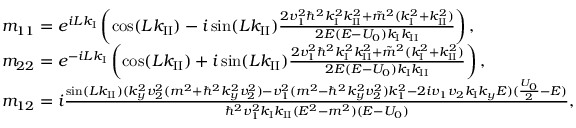
\begin{array} { r l } & { m _ { 1 1 } = e ^ { i L k _ { \operatorname { I } } } \left( \cos ( L k _ { \operatorname { I I } } ) - i \sin ( L k _ { \operatorname { I I } } ) \frac { 2 v _ { 1 } ^ { 2 } \hbar ^ { 2 } k _ { \operatorname { I } } ^ { 2 } k _ { \operatorname { I I } } ^ { 2 } + \tilde { m } ^ { 2 } ( k _ { \operatorname { I } } ^ { 2 } + k _ { \operatorname { I I } } ^ { 2 } ) } { 2 E ( E - U _ { 0 } ) k _ { \operatorname { I } } k _ { \operatorname { I I } } } \right) , } \\ & { m _ { 2 2 } = e ^ { - i L k _ { \operatorname { I } } } \left( \cos ( L k _ { \operatorname { I I } } ) + i \sin ( L k _ { \operatorname { I I } } ) \frac { 2 v _ { 1 } ^ { 2 } \hbar ^ { 2 } k _ { \operatorname { I } } ^ { 2 } k _ { \operatorname { I I } } ^ { 2 } + \tilde { m } ^ { 2 } ( k _ { \operatorname { I } } ^ { 2 } + k _ { \operatorname { I I } } ^ { 2 } ) } { 2 E ( E - U _ { 0 } ) k _ { \operatorname { I } } k _ { \operatorname { I I } } } \right) , } \\ & { m _ { 1 2 } = i \frac { \sin ( L k _ { \operatorname { I I } } ) ( k _ { y } ^ { 2 } v _ { 2 } ^ { 2 } ( m ^ { 2 } + \hbar ^ { 2 } k _ { y } ^ { 2 } v _ { 2 } ^ { 2 } ) - v _ { 1 } ^ { 2 } ( m ^ { 2 } - \hbar ^ { 2 } k _ { y } ^ { 2 } v _ { 2 } ^ { 2 } ) k _ { 1 } ^ { 2 } - 2 i v _ { 1 } v _ { 2 } k _ { \operatorname { I } } k _ { y } E ) ( \frac { U _ { 0 } } { 2 } - E ) } { \hbar ^ { 2 } v _ { 1 } ^ { 2 } k _ { \operatorname { I } } k _ { \operatorname { I I } } ( E ^ { 2 } - m ^ { 2 } ) ( E - U _ { 0 } ) } , } \end{array}